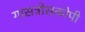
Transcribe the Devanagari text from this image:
गासत्रोसकोपी